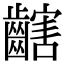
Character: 𪙏